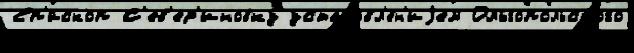
Еп'и́скоп С'ев'ер'иновку установл'е́н'иjем Ольгопольского